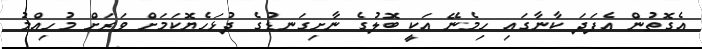
އެގޮތުން އެފަދަ ކާނާގައި ހިމެނޭ އަކީ ބޮލުގެ ނާށިގަނޑުގެ ދުޅަހެޔޮކަމަށް ވަރަށް މުހިއްމު